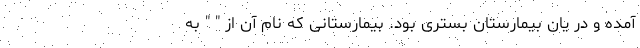
آمده و در یان بیمارستان بستری بود. بیمارستانی که نام آن از " " به